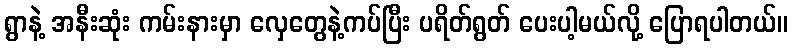
ရွာနဲ့ အနီးဆုံး ကမ်းနားမှာ လှေတွေနဲ့ကပ်ပြီး ပရိတ်ရွတ် ပေးပါ့မယ်လို့ ပြောရပါတယ်။